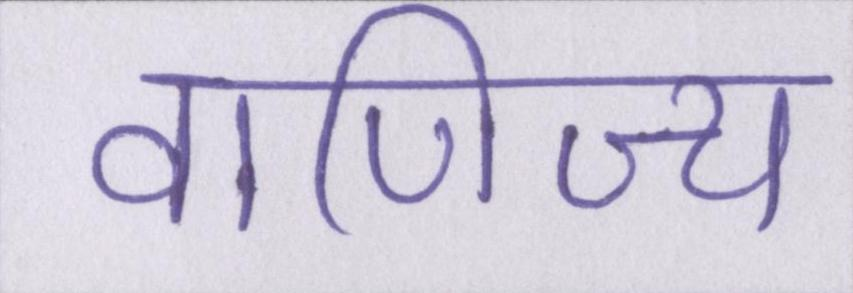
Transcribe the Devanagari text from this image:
वाणिज्य